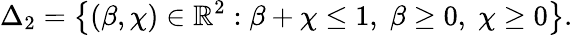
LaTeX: \Delta_{2}=\left\{ (\beta,\chi)\in\mathbb{R}^{2}:\beta+\chi\leq 1,\; \beta\geq 0,\; \chi\geq 0\right\} .